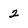
Character: 2